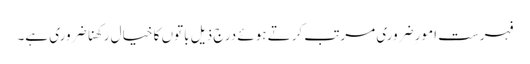
فہرست امورِ ضروری مرتب کرتے ہوئے درج ذیل باتوں کا خیال رکھنا ضروری ہے۔